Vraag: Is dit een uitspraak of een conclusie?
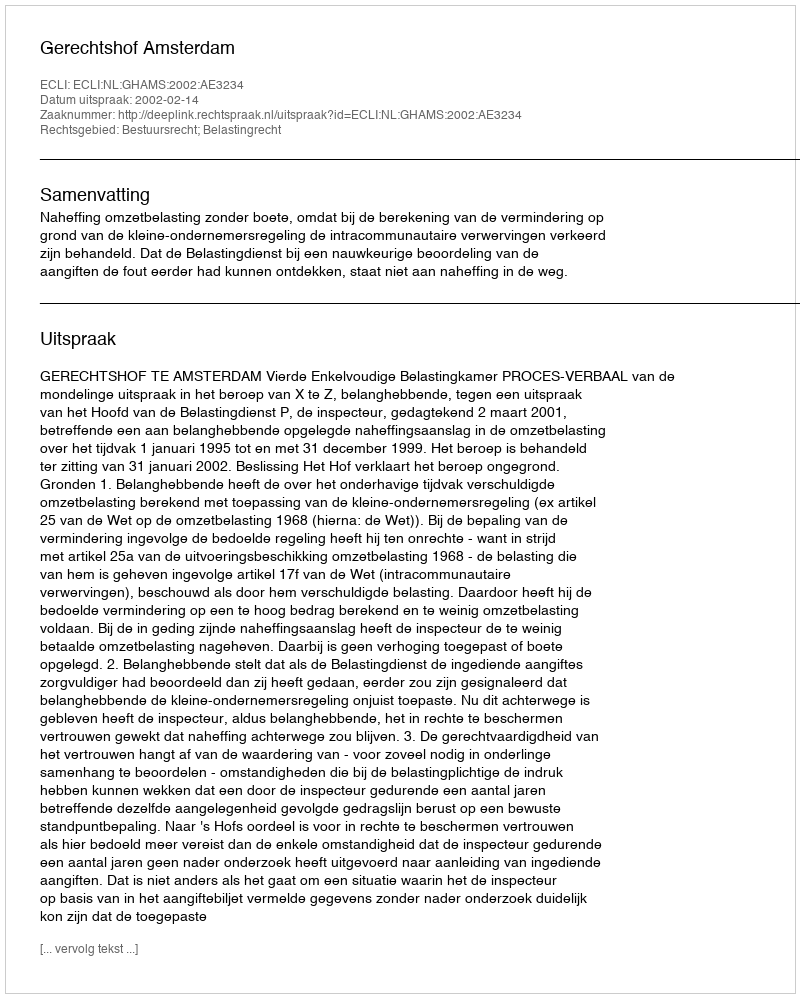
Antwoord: Uitspraak